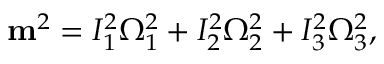
\begin{array} { r } { { \bf m } ^ { 2 } = I _ { 1 } ^ { 2 } \Omega _ { 1 } ^ { 2 } + I _ { 2 } ^ { 2 } \Omega _ { 2 } ^ { 2 } + I _ { 3 } ^ { 2 } \Omega _ { 3 } ^ { 2 } , } \end{array}